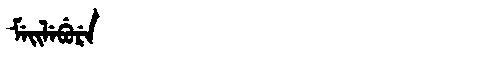
Manchu: ᠮᡝᡳᠯᡝᠪᡠᡵᡝ
Romanization: MEILEBURE